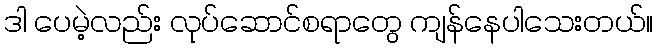
ဒါ ပေမဲ့လည်း လုပ်ဆောင်စရာတွေ ကျန်နေပါသေးတယ်။